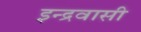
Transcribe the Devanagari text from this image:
इन्द्रवासी